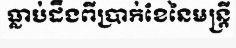
ធ្លាប់ដឹងពីប្រាក់ខែនៃមន្ត្រី